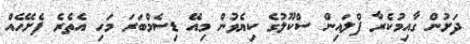
ދަށުން ގާއިމުކެރާ ފްލައިން ސްކޫލުގެ ކިޔެވުން މިއޭ ޑިސެމްބަރަ މަހި އެތެރެ ފެށޭހެއް